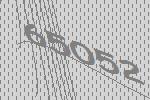
65052